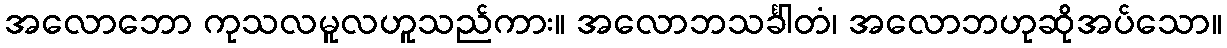
အလောဘော ကုသလမူလဟူသည်ကား။ အလောဘသင်္ခါတံ၊ အလောဘဟုဆိုအပ်သော။